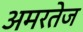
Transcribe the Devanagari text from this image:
अमरतेज